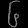
Digit: ၆